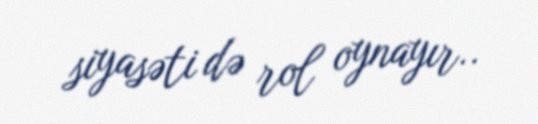
siyasəti də rol oynayır..